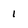
Character: 1